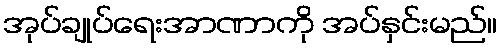
အုပ်ချုပ်ရေးအာဏာကို အပ်နှင်းမည်။